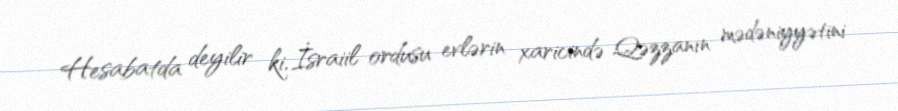
Hesabatda deyilir ki, İsraiil ordusu evlərin xaricində Qəzzanın mədəniyyətini